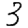
Digit: 3